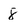
Character: 8